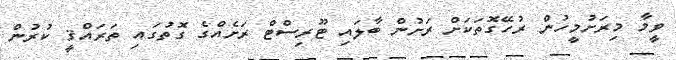
ވީމާ މިރަށުމީހުން ރުހޭގޮތަކަށް ރަށުން ބާލައި ޓޫރިސްޓް ރަށެއްގެ ގޮތުގައި ތަރައްޤީ ކުރުން